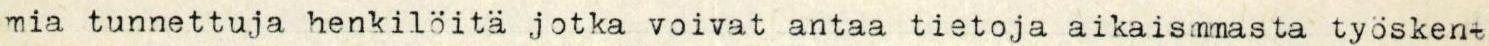
mia tunnettuja henkilöita jotka voivat antaa tietoja aikaismmasta työsken-